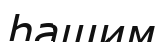
һашим